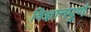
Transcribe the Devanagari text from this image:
विज्ञानपूर्ण